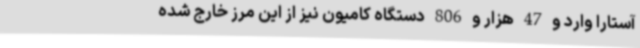
آستارا وارد و 47 هزار و 806 دستگاه کامیون نیز از این مرز خارج شده